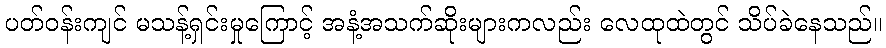
ပတ်ဝန်းကျင် မသန့်ရှင်းမှုကြောင့် အနံ့အသက်ဆိုးများကလည်း လေထုထဲတွင် သိပ်ခဲနေသည်။